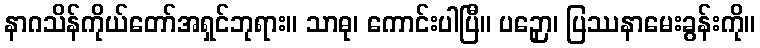
နာဂသိန်ကိုယ်တော်အရှင်ဘုရား။ သာဓု၊ ကောင်းပါပြီ။ ပဉှော၊ ပြဿနာမေးခွန်းကို။